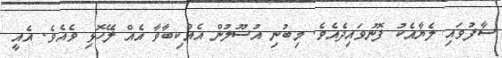
ސާފުވައި ލެޔާއެކު ފޮނުވައިދެއެވެ. މިބުނި އުސޫލުން އެއްކިބާވާ އެއް ލޭހޮޅި ވެއެވެ. އެއީ